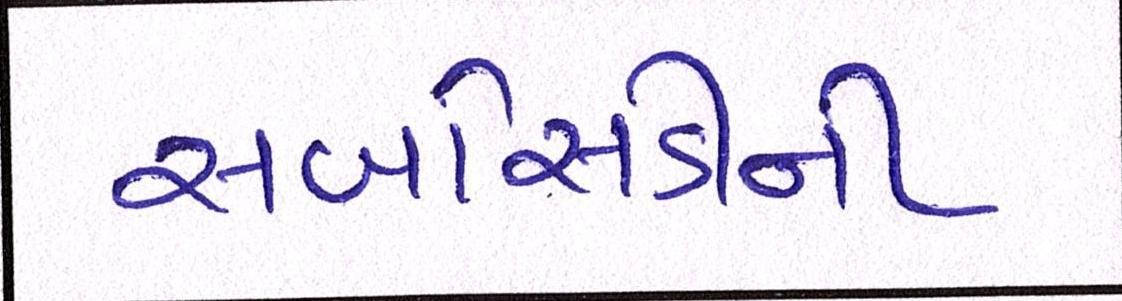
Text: સબસિડીની